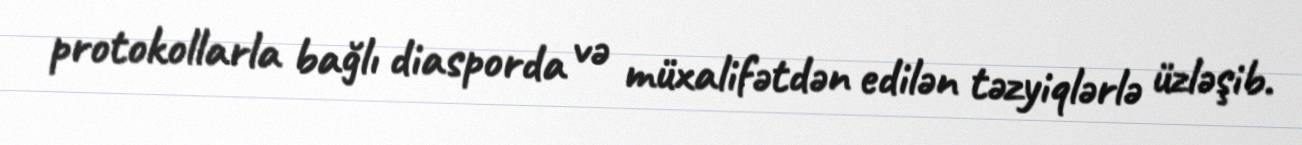
protokollarla bağlı diasporda və müxalifətdən edilən təzyiqlərlə üzləşib.